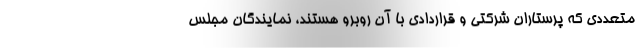
متعددی که پرستاران شرکتی و قراردادی با آن روبرو هستند، نمایندگان مجلس